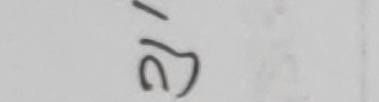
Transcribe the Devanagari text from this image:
कै